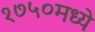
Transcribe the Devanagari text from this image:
१७५०मध्ये